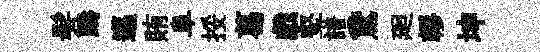
髣躊邁賄阜挼葛戲壑譜鵞廻轇坤